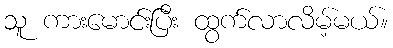
သူ ကားမောင်းပြီး ထွက်လာလိမ့်မယ်။